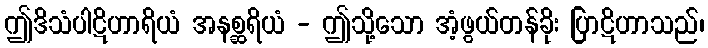
ဤဒိသံပါဋိဟာရိယံ အနစ္ဆရိယံ - ဤသို့သော အံ့ဖွယ်တန်ခိုး ပြာဋိဟာသည်၊